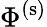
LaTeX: \Phi^{(\mathrm{s})}